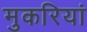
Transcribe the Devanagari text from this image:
मुकरियां